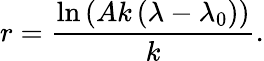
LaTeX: r=\frac{\ln\left(Ak\left(\lambda-\lambda_{0}\right)\right)}{k}.